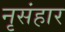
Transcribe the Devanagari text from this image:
नृसंहार